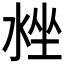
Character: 𣴳